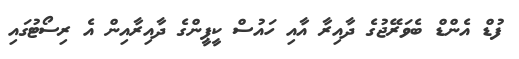
ފުޑް އެންޑް ބެވަރޭޖުގެ ދާއިރާ އާއި ހައުސް ކީޕީންގެ ދާއިރާއިން އެ ރިސޯޓުގައި